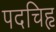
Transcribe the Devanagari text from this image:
पदचिहृ